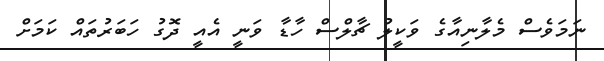
ނަމަވެސް މެލާނިއާގެ ވަކީލު ޗާލްސް ހާޑާ ވަނީ އެއީ ދޮގު ހަބަރުތައް ކަމަށް